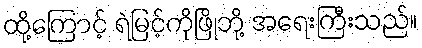
ထို့ကြောင့် ရဲမြင့်ကိုဖြိုဘို့ အရေးကြီးသည်။